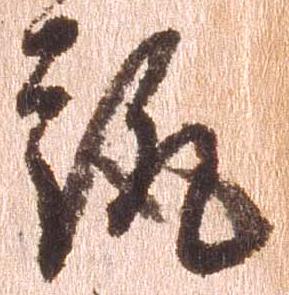
趣